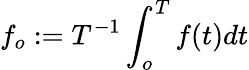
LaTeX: f_{o}:=T^{-1}\int_{o}^{T}f(t)dt